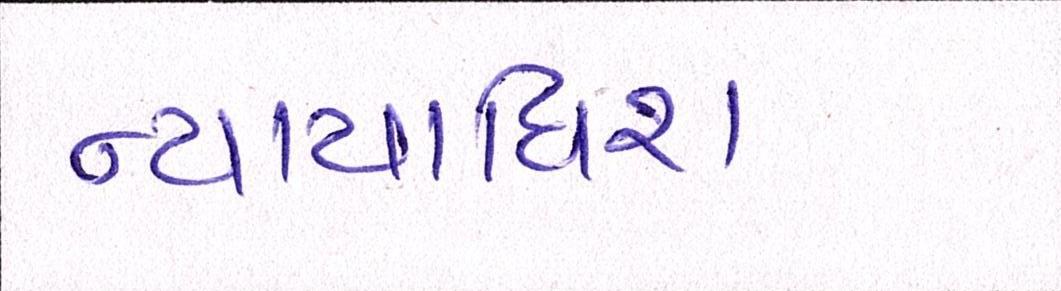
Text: ન્યાયાધિશ